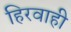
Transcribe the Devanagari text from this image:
हिरवाही